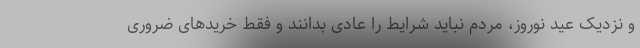
و نزدیک عید نوروز، مردم نباید شرایط را عادی بدانند و فقط خریدهای ضروری